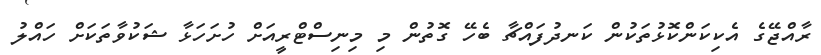
ރާއްޖޭގެ އެކިކަންކޮޅުތަކުން ކަނދުފައްޗާ ބެހޭ ގޮތުން މި މިނިސްޓްރީއަށް ހުށަހަޅާ ޝަކުވާތަކަށް ހައްލު